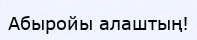
Абыройы алаштың!